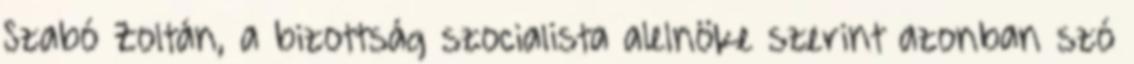
Szabó Zoltán, a bizottság szocialista alelnöke szerint azonban szó